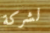
لشركة